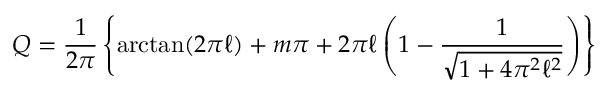
Q = \frac { 1 } { 2 \pi } \left\{ { \arctan } ( 2 { \pi } { \ell } ) + m \pi + 2 { \pi } { \ell } \left( 1 - \frac { 1 } { \sqrt { 1 + 4 { \pi } ^ { 2 } { \ell } ^ { 2 } } } \right) \right\}